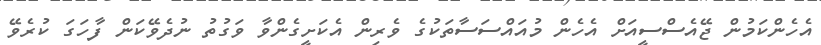
އެހެންކަމުން ޖޭއެސްސީއަށް އެހެން މުއައްސަސާތަކުގެ ވެރިން އެކަށީގެންވާ ވަގުތު ނުދެވޭކަން ފާހަގަ ކުރެވޭ